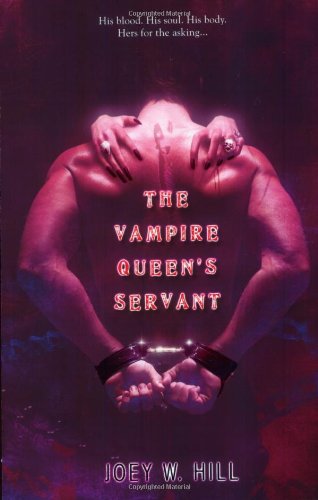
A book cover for The Vampire Queen's Servant (Vampire Queen, Book 1); Joey W. Hill; Romance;